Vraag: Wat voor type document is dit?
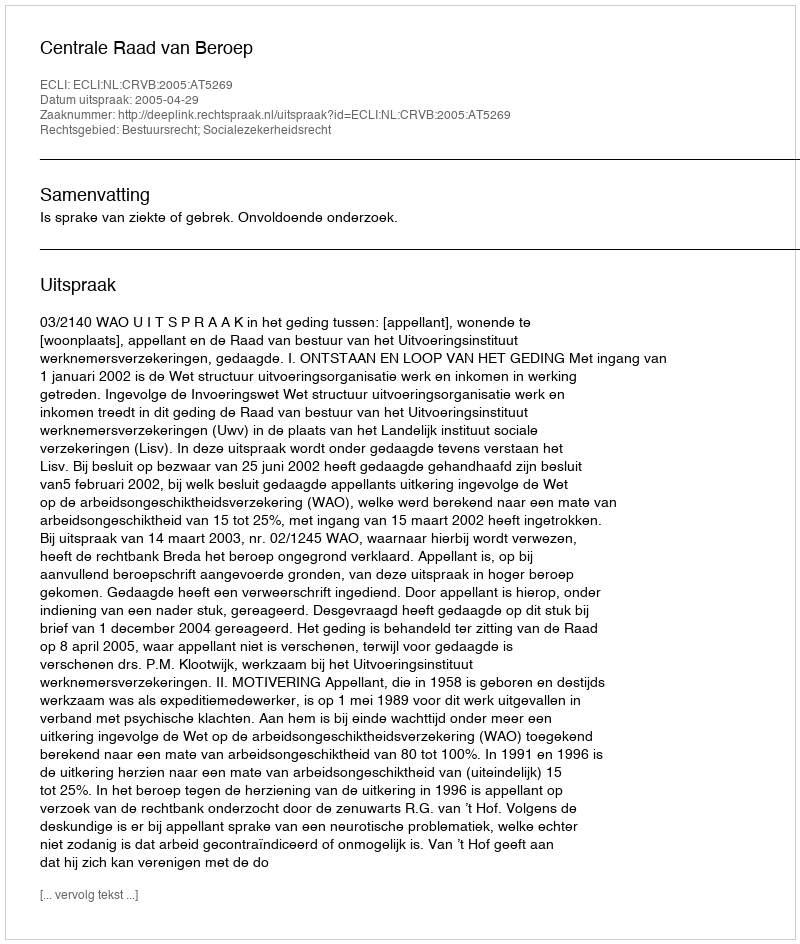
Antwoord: Uitspraak